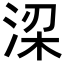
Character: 𬇲